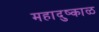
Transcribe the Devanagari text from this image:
महादुष्काळ